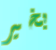
بخير